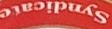
Syndicate